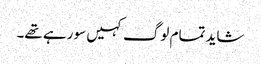
شاید تمام لوگ کہیں سو رہے تھے۔